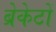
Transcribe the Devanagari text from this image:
ब्रेकेटों